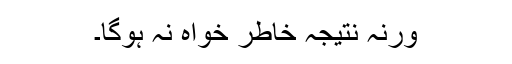
ورنہ نتیجہ خاطر خواہ نہ ہوگا۔